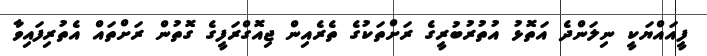
ފީއައްޔަކީ ނިލަންދެ އަތޮޅު އުތުރުބުރީގެ ރަށްތަކުގެ ތެރެއިން ޖިއޮގްރަފީގެ ގޮތުން ރަށްތައް އެތުރިފައިވާ